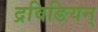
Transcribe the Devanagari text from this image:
द्रविङियन्